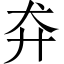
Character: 𬌪